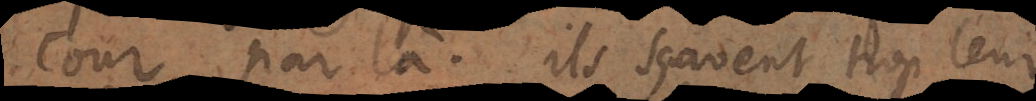
cour par là. Ils sçavent trop leur